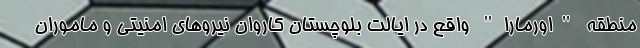
منطقه "اورمارا" واقع در ایالت بلوچستان کاروان نیروهای امنیتی و ماموران